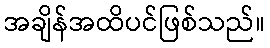
အချိန်အထိပင်ဖြစ်သည်။